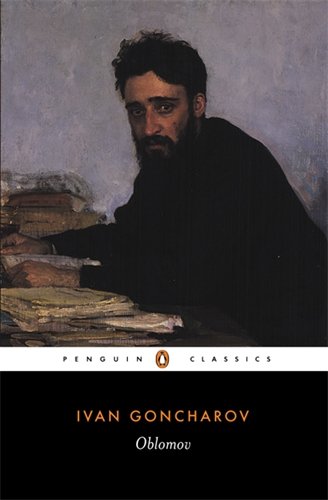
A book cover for Oblomov (Penguin Classics); Ivan Goncharov; Romance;